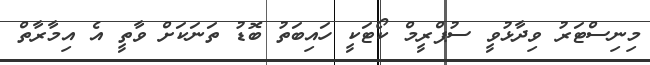
މިނިސްޓަރު ވިދާޅުވީ ސުޕްރީމް ކޯޓަކީ ހައިބަތު ބޮޑު ތަނަކަށް ވާތީ އެ އިމާރާތް